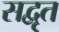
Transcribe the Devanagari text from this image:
सद्वृत